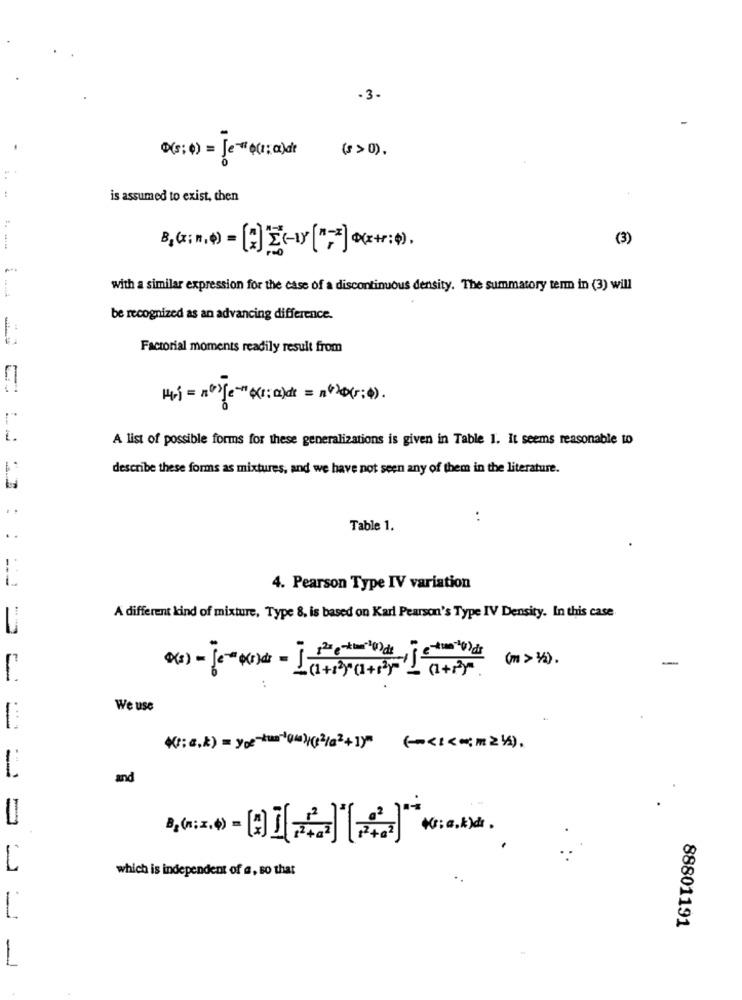
-3-
( : 0) = Je (r:a)d
(> 0) .
is assumed to exist, then
(3)
-
with a similar expression for the case of a discontinuous density. The summatory term in (3) will
be recognized as an advancing difference.
Factorial moments readily result from
A list of possible forms for these generalizations is given in Table I. It seems reasonable to
describe these forms as mixtures, and we have not seen any of them in the literature.
..
Table 1.
..
4. Pearson Type IV variation
A different kind of mixture, Type 8. is based on Karl Pearson's Type IV Density. In this case
(m > 1/2) .
-
..
We use
* : , k ) = you-kur'(que)(+2/s 2 +1)" (~ < <<; m 2 1/4),
and
== =
which is independent of a, so that
88801191